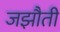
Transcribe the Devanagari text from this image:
जझौती